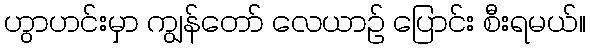
ဟွာဟင်းမှာ ကျွန်တော် လေယာဉ် ပြောင်း စီးရမယ်။